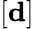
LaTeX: [\mathbf{d}]